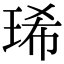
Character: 琋